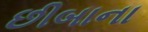
છીબાના